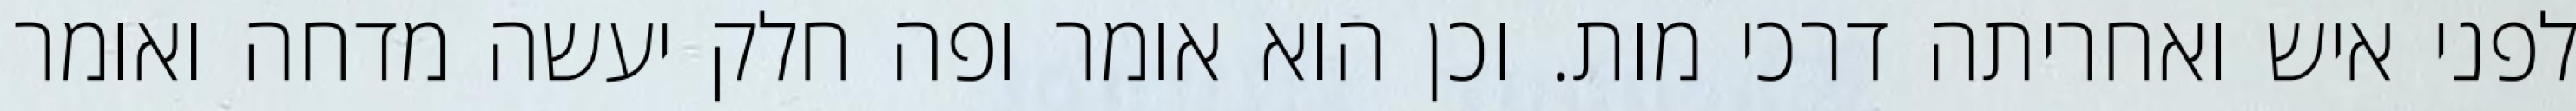
לפני איש ואחריתה דרכי מות. וכן הוא אומר ופה חלק יעשה מדחה ואומר